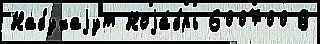
Набухаjут Ноjа́брь 600700 В